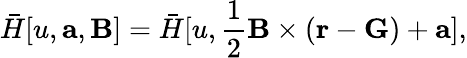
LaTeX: \bar{H}[u,\mathbf{a},\mathbf{B}]=\bar{H}[u,\frac{1}{2}\mathbf{B}\times(\mathbf{r}-\mathbf{G})+\mathbf{a}],